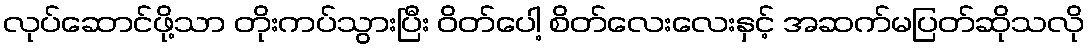
လုပ်ဆောင်ဖို့သာ တိုးကပ်သွားပြီး ဝိတ်ပေါ့ စိတ်လေးလေးနှင့် အဆက်မပြတ်ဆိုသလို